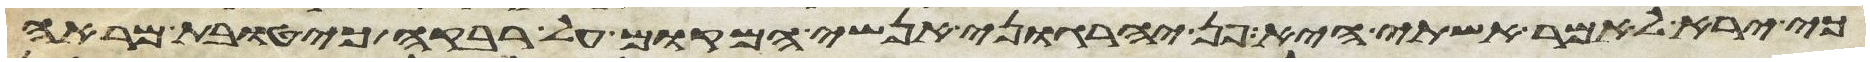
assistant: כי ירא לאמר אשתי היא פן יהרגוני אנשי המקום על רבקה כי טובת מראה